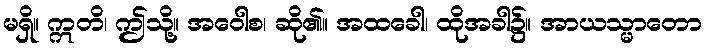
မရှိ။ ဣတိ၊ ဤသို့။ အဝေါစ၊ ဆို၏။ အထခေါ၊ ထိုအခါ၌။ အာယသ္မာတော